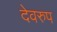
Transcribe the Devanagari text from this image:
देवरुप